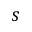
s